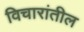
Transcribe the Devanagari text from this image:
विचारांतील